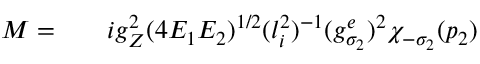
\begin{array} { r l r } { { \cal M } = } & { { } } & { i g _ { Z } ^ { 2 } ( 4 E _ { 1 } E _ { 2 } ) ^ { 1 / 2 } ( l _ { i } ^ { 2 } ) ^ { - 1 } ( g _ { \sigma _ { 2 } } ^ { e } ) ^ { 2 } \chi _ { - \sigma _ { 2 } } ( p _ { 2 } ) } \end{array}